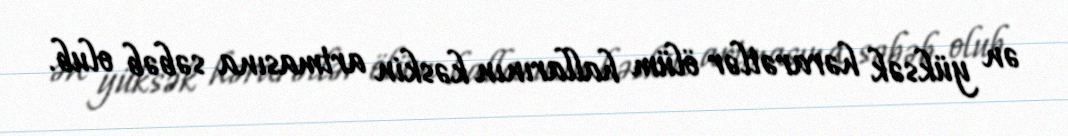
ən yüksək hərarətlər ölüm hallarının kəskin artmasına səbəb olub.